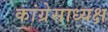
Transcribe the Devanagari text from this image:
कांग्रेसाध्यक्ष